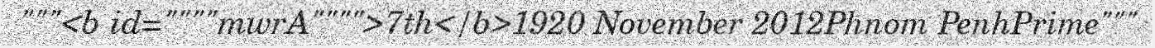
"""<b id=""""mwrA"""">7th</b>1920 November 2012Phnom PenhPrime"""